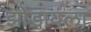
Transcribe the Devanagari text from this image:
झोडायला